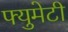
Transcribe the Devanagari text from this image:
फ्युमेटी